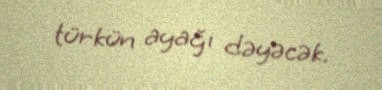
türkün ayağı dəyəcək.